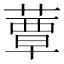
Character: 蕈